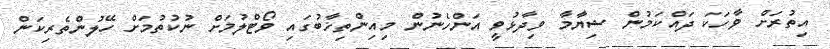
އިތުރަށް ވާހަކަ ދައްކަމުން ޝިޔާމާ ވިދާޅުވީ އަންހެނުން މިއިންތިޚާބުގައި ވޯޓްލުމަށް ނުކުތުމަށް ހޭލުންތެރިކަން